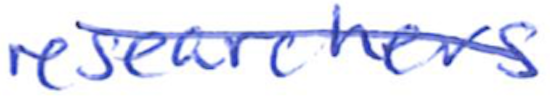
Text: researchers
Cross-out: diagonal
Writing tool: ballpoint